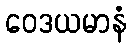
ဝေဒယမာနံ